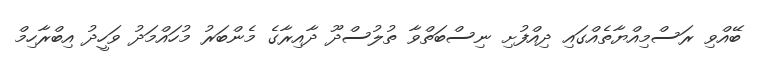
ބޭއްވި ރަސްމިއްޔާތެއްގައި ދިއްފުށި ނިސްބަތްވާ ތުލުސްދޫ ދާއިރާގެ މެންބަރު މުހައްމަދު ވަހީދު އިބްރާހިމް